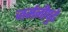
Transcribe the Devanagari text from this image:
जर्मनीपुढे